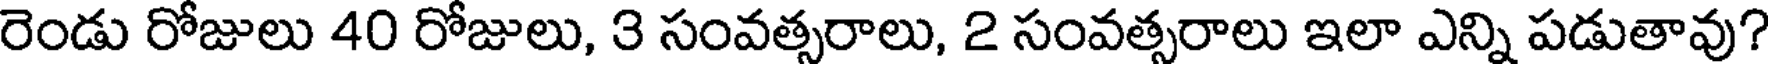
రెండు రోజులు 40 రోజులు, 3 సంవత్సరాలు, 2 సంవత్సరాలు ఇలా ఎన్ని పడుతావు?